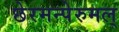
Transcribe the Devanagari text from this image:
छेरमन्पेरुमल्